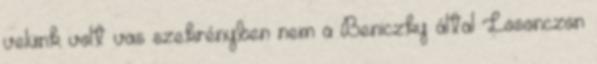
velünk volt vas szekrényben nem a Beniczky által Losonczon